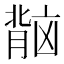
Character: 𬛏